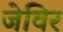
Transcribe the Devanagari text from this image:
जेविर